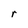
Character: r